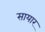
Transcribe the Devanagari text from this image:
सायार